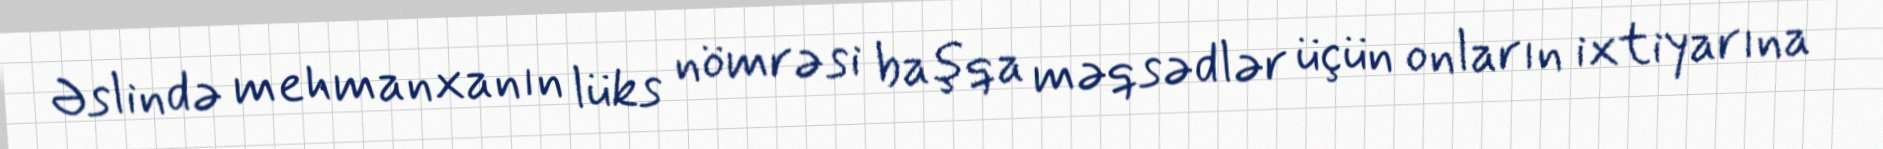
Əslində mehmanxanın lüks nömrəsi başqa məqsədlər üçün onların ixtiyarına